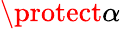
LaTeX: \protect\alpha